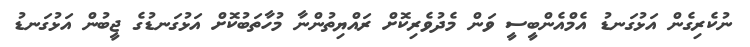
ނުކެރިގެން އަޅުގަނޑު އެމްއެންބީސީ ވަން މެދުވެރިކޮށް ރައްޔިތުންނާ މުހާތަބުކޮށް އަޅުގަނޑުގެ ޖީބުން އަޅުގަނޑު